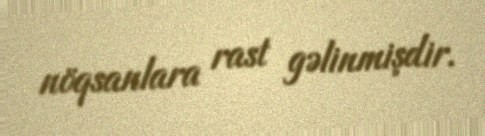
nöqsanlara rast gəlinmişdir.